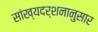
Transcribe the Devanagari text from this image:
सांख्यदर्शनानुसार